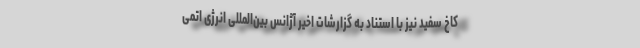
کاخ سفید نیز با استناد به گزارشات اخیر آژانس بین‌المللی انرژی اتمی